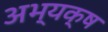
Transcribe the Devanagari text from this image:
अभ्यक्ष